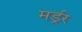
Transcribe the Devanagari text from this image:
मर्ड्रर